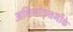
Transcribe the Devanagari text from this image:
अधिनोइयमोंके